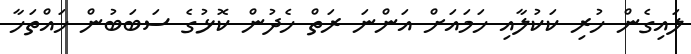
ލައިގެން ހުރި ކަކުލާއި ހަމައަށް އަންނަ ރަތް ހެދުން ކޮޅުގެ ސަބަބުން ހައްތަހާ